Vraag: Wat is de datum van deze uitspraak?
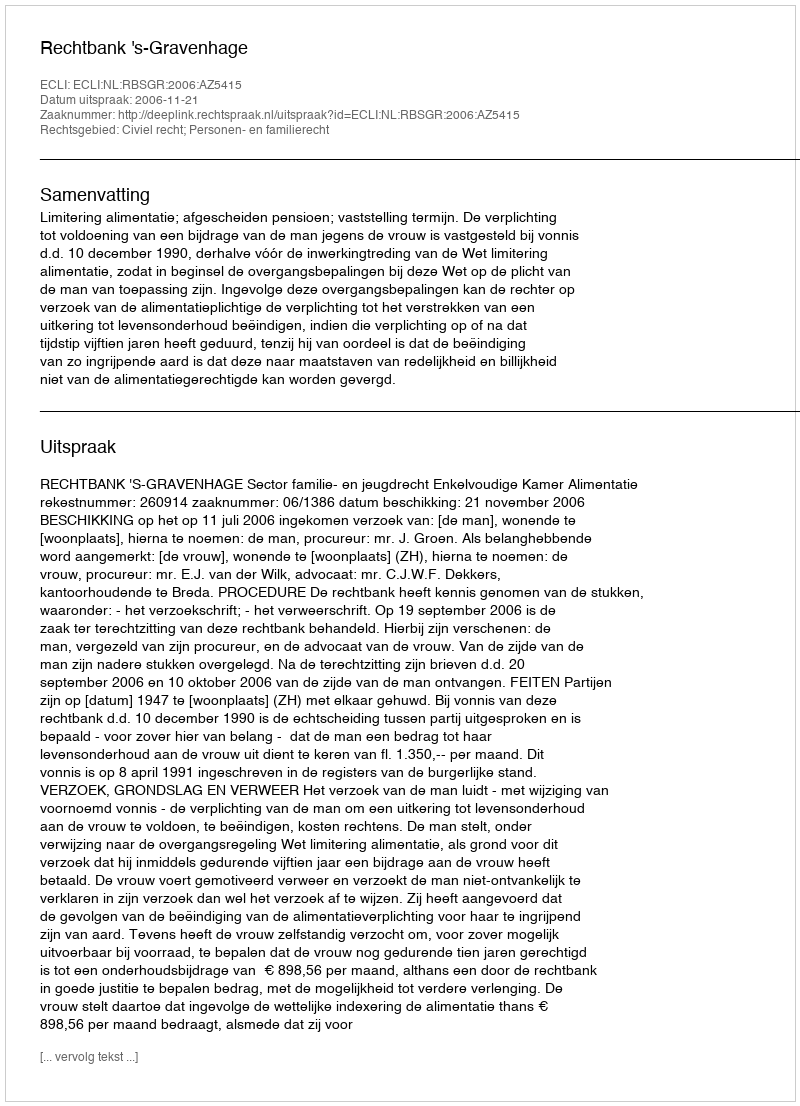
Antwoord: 2006-11-21